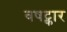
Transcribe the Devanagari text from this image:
वषट्कार